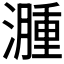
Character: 𬉎